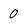
Character: 0